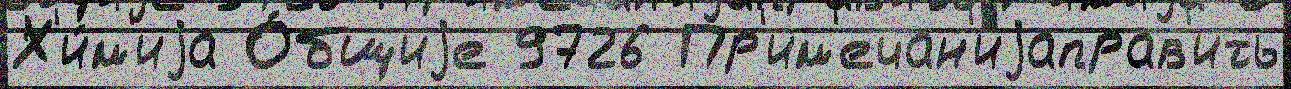
Х'и́м'иjа О́бщиjе 9726 Пр'им'ечан'иjаправ'ить